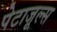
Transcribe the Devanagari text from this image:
पेटाजूल्स